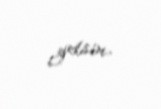
getsin.